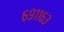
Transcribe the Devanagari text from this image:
६९११६३